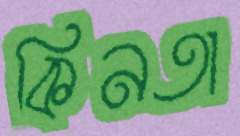
কিনতা